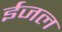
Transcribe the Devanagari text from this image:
ईजल